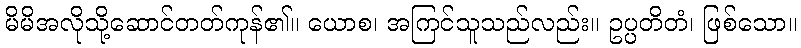
မိမိအလိုသို့ဆောင်တတ်ကုန်၏။ ယောစ၊ အကြင်သူသည်လည်း။ ဥပ္ပတိတံ၊ ဖြစ်သော။